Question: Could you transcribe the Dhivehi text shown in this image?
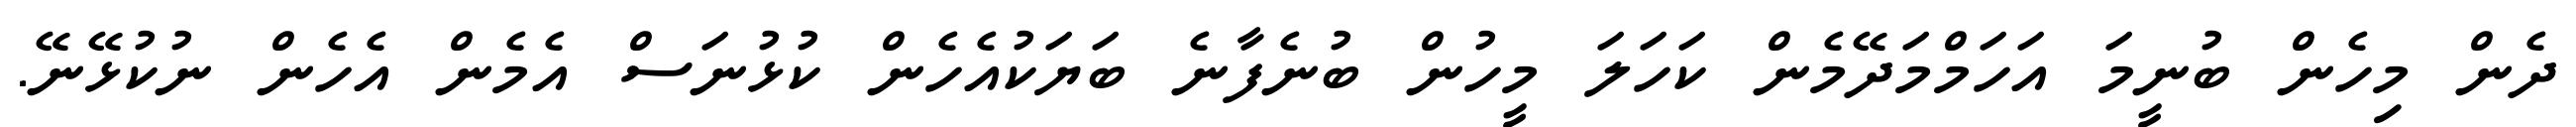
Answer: ދެން މިހެން ބުނީމަ އަހަމްމަދޭމެން ކަހަލަ މީހުން ބުނެފާނެ ބަޔަކުއެހެން ކުޅުނަސް އެމެން އެހެން ނުކުޅޭނޭ.